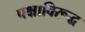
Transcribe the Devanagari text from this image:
पक्षाविरूद्ध